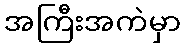
အကြီးအကဲမှာ